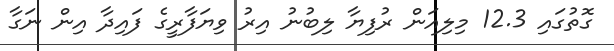
ގޮތުގައި 12.3 މިލިއަން ރުފިޔާ ލިބުނު އިރު ވިޔަފާރީގެ ފައިދާ އިން ނަގާ